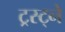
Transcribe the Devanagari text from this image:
ट्रस्ट्ने